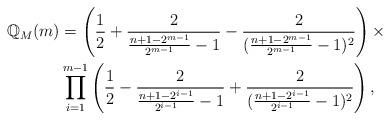
LaTeX: \begin{align*}\mathbb{Q}_{M}(m)&=\left(\frac{1}{2}+\frac{2}{\frac{n+1-2^{m-1}}{2^{m-1}}-1}-\frac{2}{(\frac{n+1-2^{m-1}}{2^{m-1}}-1)^2}\right)\times \\ &\prod_{i=1}^{m-1}\left(\frac{1}{2}-\frac{2}{\frac{n+1-2^{i-1}}{2^{i-1}}-1}+\frac{2}{(\frac{n+1-2^{i-1}}{2^{i-1}}-1)^2}\right),\end{align*}